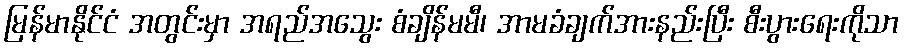
မြန်မာနိုင်ငံ အတွင်းမှာ အရည်အသွေး စံချိန်မမီ၊ အာမခံချက်အားနည်းပြီး စီးပွားရေးကိုသာ